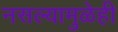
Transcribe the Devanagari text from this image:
नसल्यामुळेही